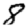
Digit: 8